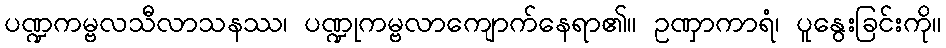
ပဏ္ဍကမ္ဗလသီလာသနဿ၊ ပဏ္ဍုကမ္ဗလာကျောက်နေရာ၏။ ဥဏှာကာရံ၊ ပူနွေးခြင်းကို။